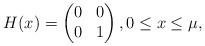
LaTeX: \begin{align*}H(x)=\begin{pmatrix}0&0\\0&1\end{pmatrix},0\le x\le\mu,\end{align*}